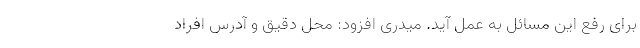
برای رفع این مسائل به عمل آید. میدری افزود: محل دقیق و آدرس افراد